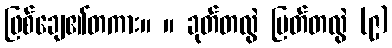
ဖြစ်ချေ၏တကား။ ။ ခုတ်တလွဲ ပြတ်တလွဲ (၉)